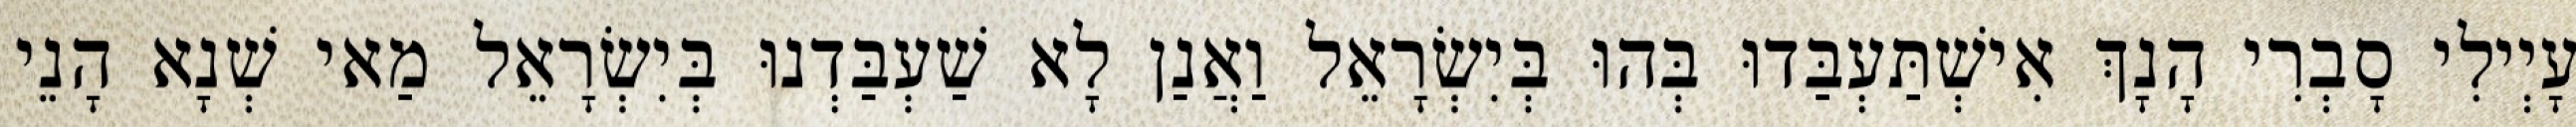
עָיְילִי סָבְרִי הָנָךְ אִישְׁתַּעְבַּדוּ בְּהוּ בְּיִשְׂרָאֵל וַאֲנַן לָא שַׁעְבַּדְנוּ בְּיִשְׂרָאֵל מַאי שְׁנָא הָנֵי